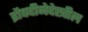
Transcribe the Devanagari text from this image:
द्रौपदीनेदेखील